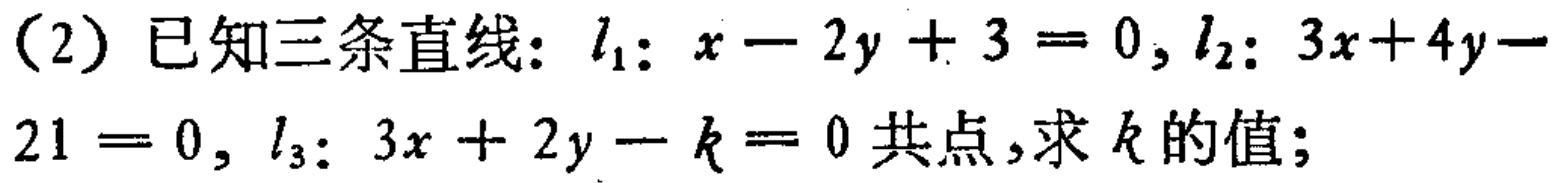
(2) 已知三条直线：$l_{1}:x - 2y + 3 = 0, l_{2}:3x + 4y - 21 = 0, l_{3}:3x + 2y - k = 0$ 共点，求 $k$ 的值；